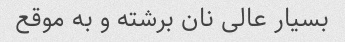
بسیار عالی نان برشته و به موقع